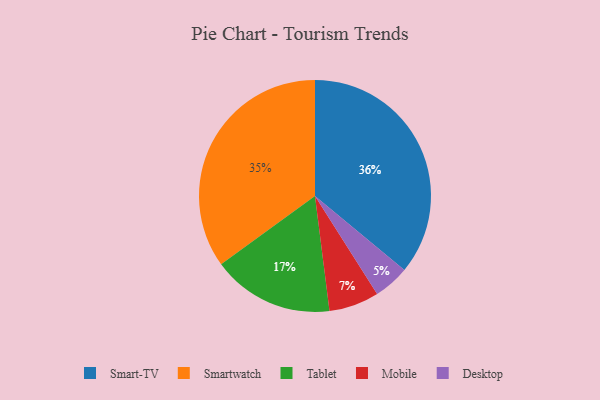
{"axis": {"x": "Category", "y": "Percentage"}, "legend": ["Desktop", "Mobile", "Smart-TV", "Smartwatch", "Tablet"], "data": [{"x": "Smartwatch", "y": 35, "type": "Smartwatch"}, {"x": "Desktop", "y": 5, "type": "Desktop"}, {"x": "Tablet", "y": 17, "type": "Tablet"}, {"x": "Smart-TV", "y": 36, "type": "Smart-TV"}, {"x": "Mobile", "y": 7, "type": "Mobile"}]}